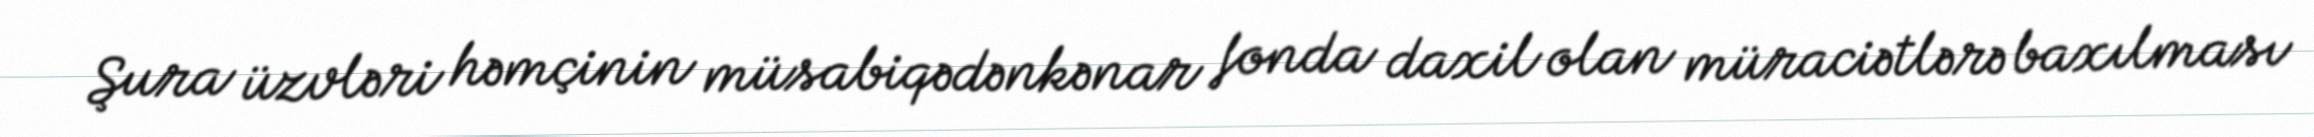
Şura üzvləri həmçinin müsabiqədənkənar fonda daxil olan müraciətlərə baxılması